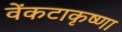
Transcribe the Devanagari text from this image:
वेंकटाकृष्णा